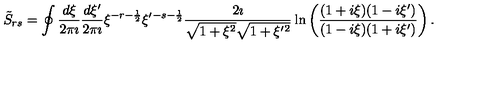
\tilde { S } _ { r s } = \oint \frac { d \xi } { 2 \pi \imath } \frac { d \xi ^ { \prime } } { 2 \pi \imath } \xi ^ { - r - \frac { 1 } { 2 } } \xi ^ { \prime } { } ^ { - s - \frac { 1 } { 2 } } \frac { 2 \imath } { \sqrt { 1 + \xi ^ { 2 } } \sqrt { 1 + \xi ^ { \prime } { } ^ { 2 } } } \ln \left( \frac { ( 1 + i \xi ) ( 1 - i \xi ^ { \prime } ) } { ( 1 - i \xi ) ( 1 + i \xi ^ { \prime } ) } \right) .